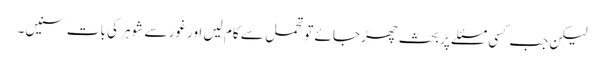
لیکن جب کسی مسئلے پر بحث چھڑ جائے تو تحمل سے کام لیں اور غور سے شوہر کی بات سنیں۔